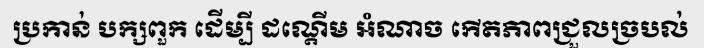
ប្រកាន់ បក្សពួក ដើម្បី ដណ្តើម អំណាច កើតភាពជ្រួលច្របល់